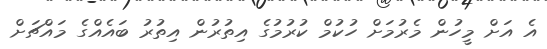
އެ އަށް މީހުން މެރުމަށް ހުކުމް ކުރުމުގެ އިތުރުން އިތުރު ބައެއްގެ މައްޗަށް